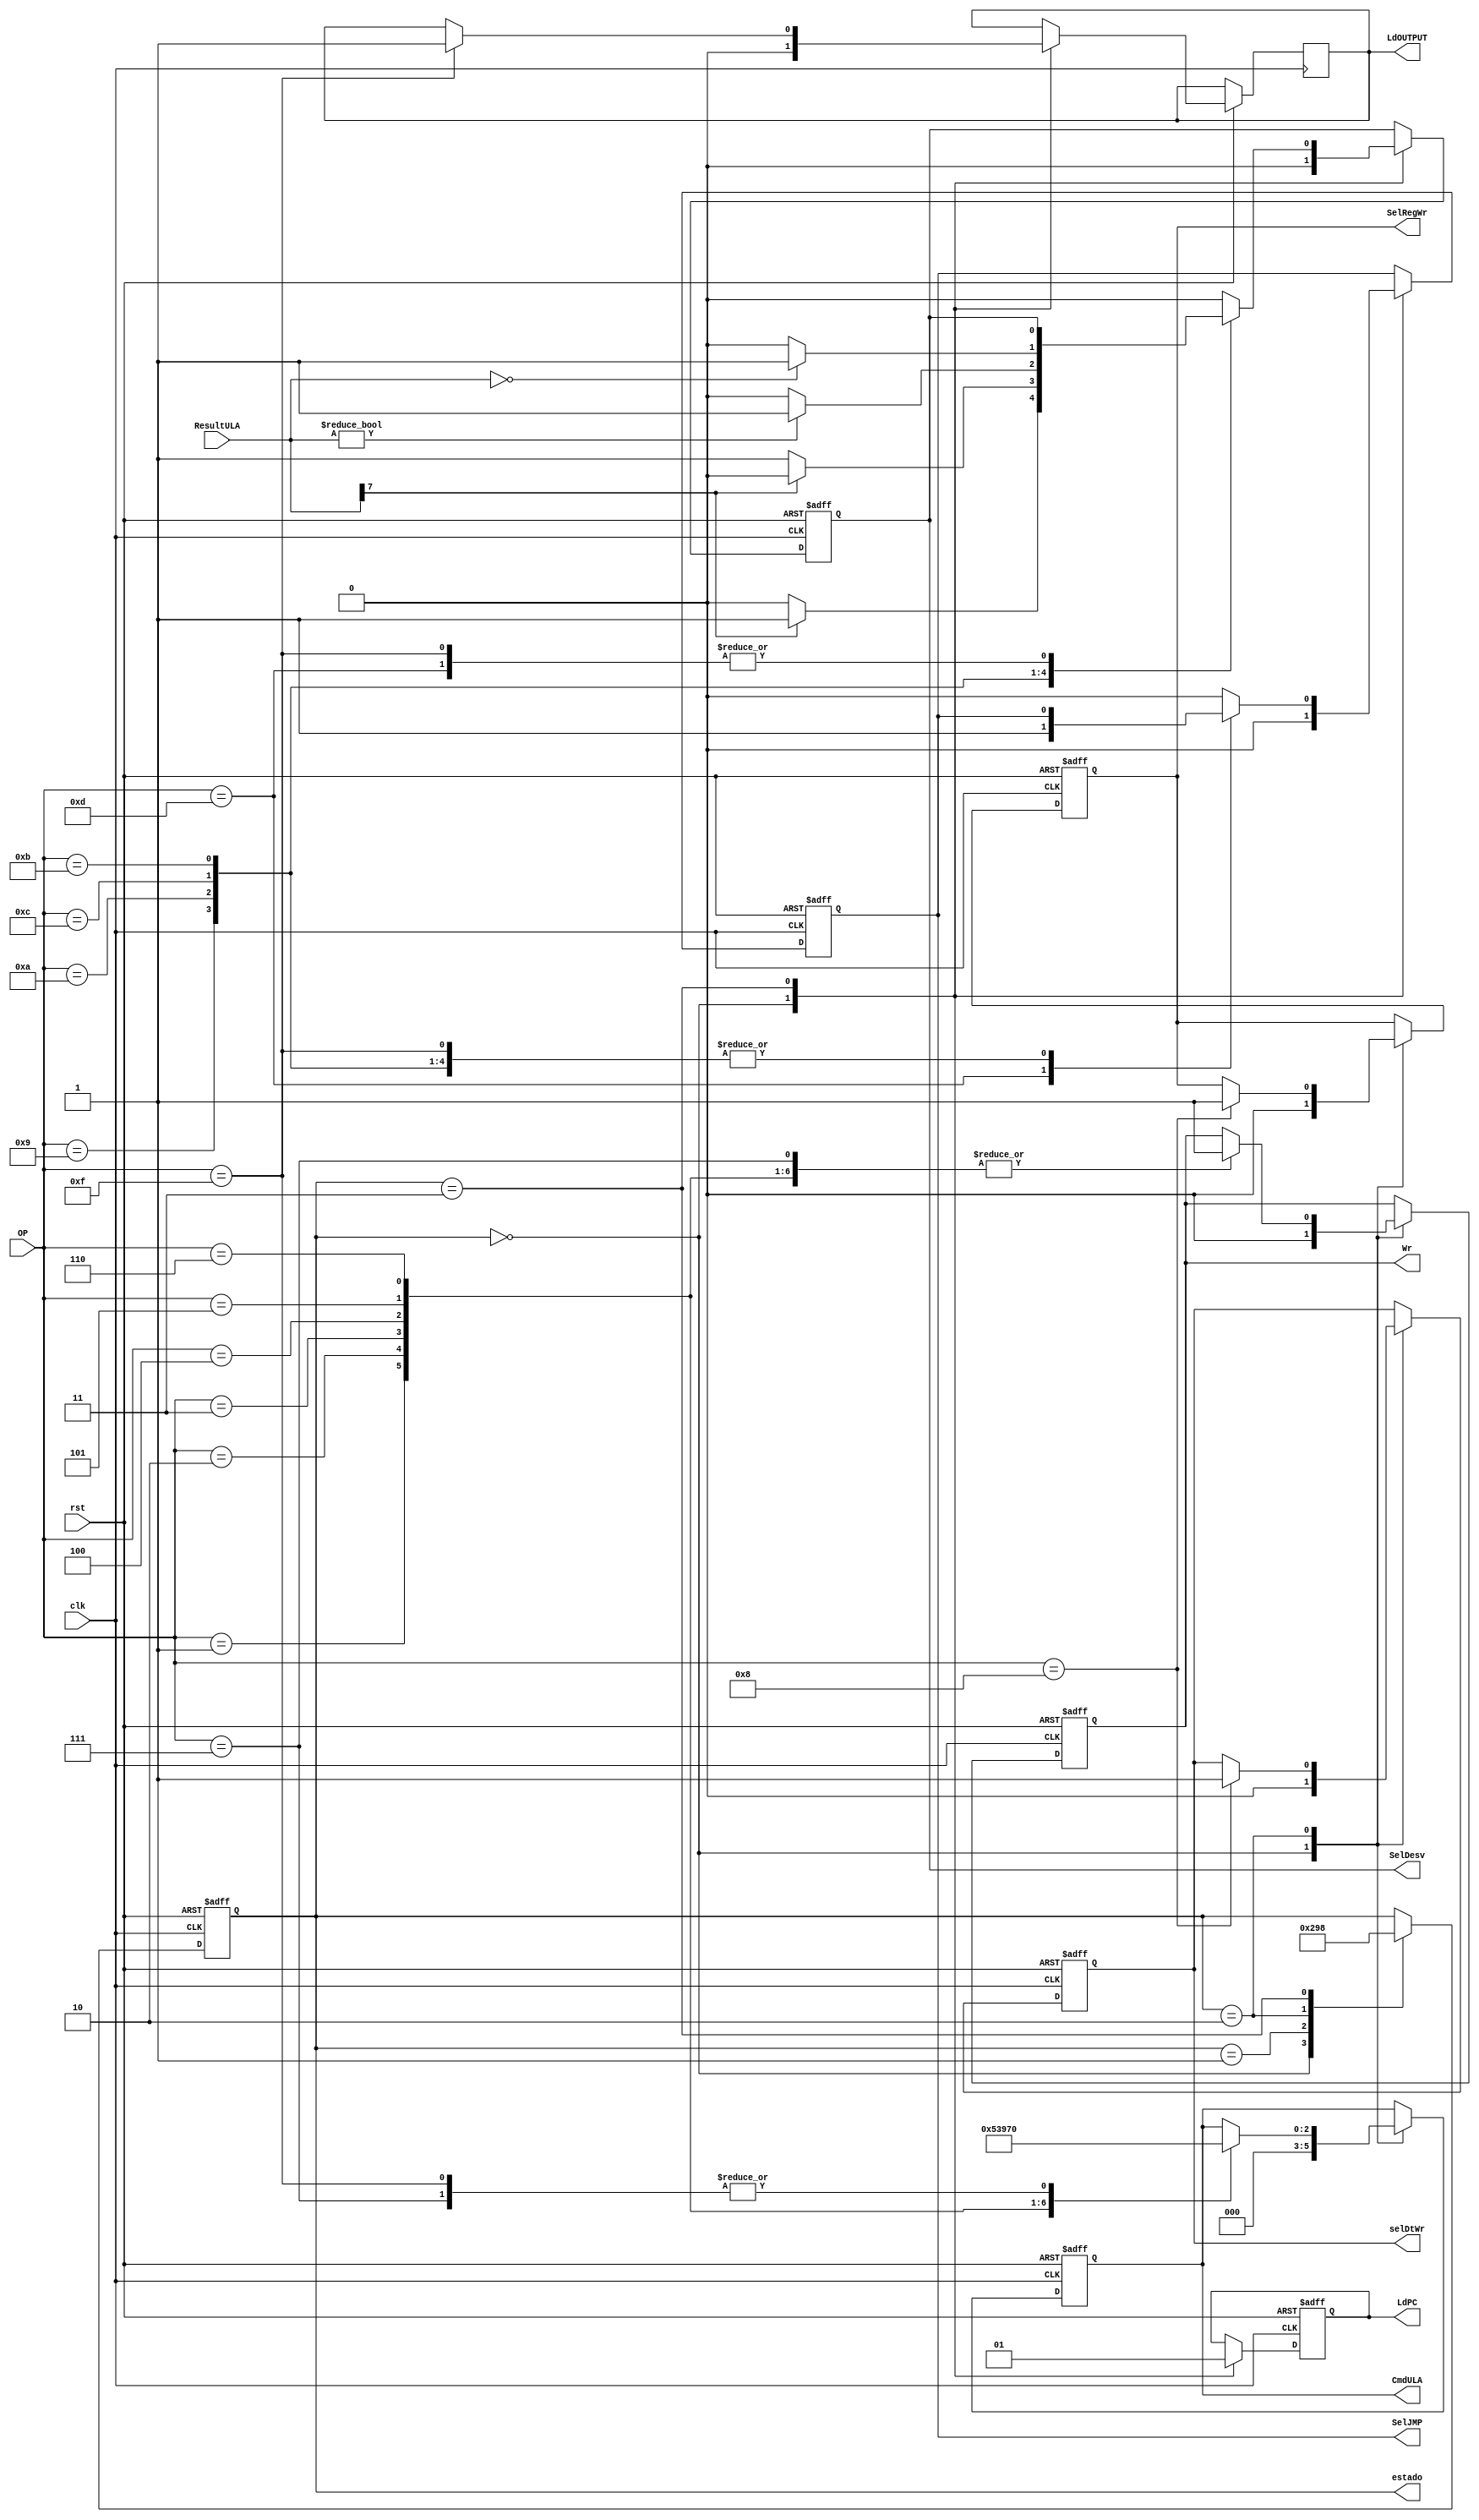
 
module ctrl ( 	estado, 
					clk, 
					rst, 
					OP, 
					ResultULA, 
					selDtWr, 
					Wr, 
					LdPC, 
					SelJMP, 
					SelDesv, 
					CmdULA, 
					LdOUTPUT,
					SelRegWr
					);
  input clk, rst;
  input [3:0] OP;
  input [7:0] ResultULA;
  output reg SelRegWr;
  output reg selDtWr, Wr, LdPC, SelJMP, SelDesv, LdOUTPUT;
  output reg [2:0] CmdULA; 
  output reg [2:0] estado;
  
// opcode das instrues					
  localparam opNOP  =4'h0, 
				opADD  =4'h1,
				opAND  =4'h2,
				opOR   =4'h3,
				opSUB  =4'h4,
				opNEG	 =4'h5,
				opNOT  =4'h6,
				opCPY  =4'h7,
				opLRG  =4'h8, 
				opBLT  =4'h9, 
				opBGT  =4'hA, 
				opBEQ  =4'hB, 
				opBNE  =4'hC, 
				opJMP  =4'hD, 
				opINPUT=4'hE,
				opOUTPUT=4'hF;


  // comandos para a ULA				
  localparam cmdTSTR1 =3'd0, 
				cmdADD   =3'd1,
				cmdAND   =3'd2,
				cmdOR    =3'd3,
				cmdSUB   =3'd4,
				cmdNEG   =3'd5,
				cmdNOT   =3'd6;		
  
  always @ (posedge clk or negedge rst) begin
		if (rst==0) begin // reseta todos os sinais de controle
		   estado = 3'd0;
		   selDtWr <= 1'b0; 
		   Wr <= 1'b0;
		   LdPC <= 1'b0;
			SelJMP <= 1'b0;
			SelDesv <= 1'b0;
			CmdULA <= cmdTSTR1;
			estado <= 3'd1;
			SelRegWr <= 1'b0;	
		end 
		else begin
		  case (estado)
		    0: begin // reseta todos os sinais de controle para proceder a carga de uma nova instruo
					selDtWr <= 1'b0; 
					Wr <= 1'b0;
					LdPC <= 1'b0;
					SelJMP <= 1'b0;
					SelDesv <= 1'b0;
					CmdULA <= cmdTSTR1;
					estado <= 3'd1;
					LdOUTPUT <= 1'b0;
					SelRegWr <= 1'b0;
				 end 	
			 1: estado <= 3'd2; // aguarda a leitura da instruo na memria
			 2: begin // decodifica a instruo e programa o caminho de dados
			      case (OP)
					  opNOP:;
					  opADD:begin 
								  CmdULA <= cmdADD; 
								  Wr <= 1'b1;
							   end
					  opAND:begin 
									CmdULA <= cmdAND;
									Wr <= 1'b1;
								end
					  opOR :begin 
									CmdULA <= cmdOR;
									Wr <= 1'b1;
								end
					  opSUB:begin 
									CmdULA <= cmdSUB;
									Wr <= 1'b1;
								end
					  opNEG:begin 
									CmdULA <= cmdNEG;
									Wr <= 1'b1;
								end
					  opNOT:begin 
									CmdULA <= cmdNOT;
									Wr <= 1'b1;
								end
					  opCPY:begin
									CmdULA <= cmdTSTR1;
									Wr <= 1'b1;
								end
					  opLRG: begin
					            SelRegWr <= 1'b1;
					            selDtWr <= 1'b1;
									Wr <= 1'b1;
								end
					  opBLT:;															
					  opBGT:;
					  opBEQ:;
					  opBNE:;
					  opJMP:;
					  opINPUT:;
					  opOUTPUT:begin
										CmdULA <= cmdTSTR1;
								  end 		
					endcase  
				   estado <= 3'd3; //
				 end
			 3: begin  // prepara a carga da prxima instruo
					LdPC <= 1'b1;
					estado <= 3'd0; //
//			      Wr <= 1'b0;
//					estado <= 3'd4; 
					case (OP)
			        opJMP: SelJMP <= 1'b1;
					  opBLT: SelDesv <= (ResultULA[7] == 1'b1 ? 1'b1 : 1'b0);
					  opBGT:	SelDesv <= (ResultULA[7] == 1'b0 ? 1'b1 : 1'b0);
					  opBNE: SelDesv <= (ResultULA != 8'd0 ? 1'b1 : 1'b0);
					  opBEQ: SelDesv <= (ResultULA == 8'd0 ? 1'b1 : 1'b0);
					  opOUTPUT:  LdOUTPUT <= 1'b1; 
					  default: begin
									 SelJMP = 0;
									 SelDesv = 0;
								  end
			      endcase
				 end
//			 4: begin
//			      estado <= 3'd0; 
//					LdPC <= 1'b1;
//				 end
			 default:; 	 
		  endcase  
		end
  end
  
  
endmodule